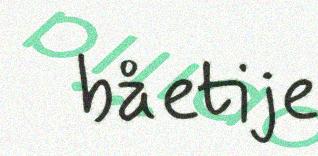
båetije